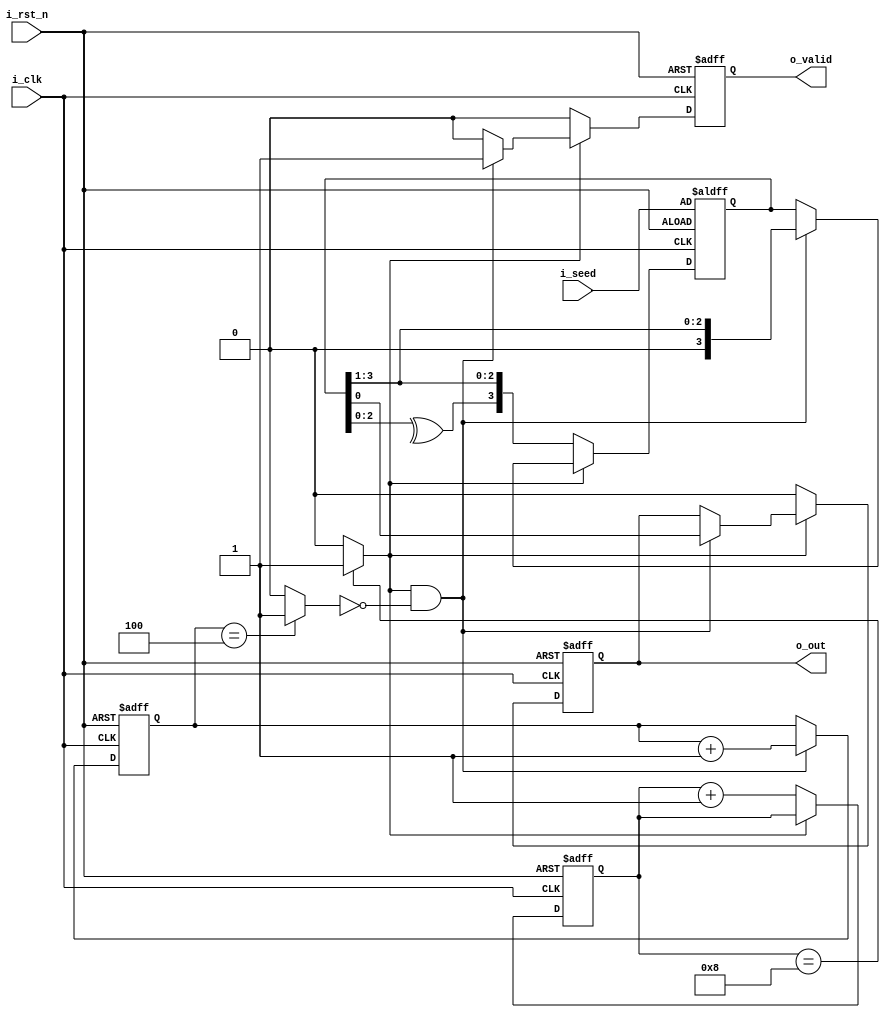
module lfsr #(parameter NO_OF_BITS = 4) (
  input  wire                  i_clk   ,
  input  wire                  i_rst_n ,
  input  wire [NO_OF_BITS-1:0] i_seed  ,
  output reg                   o_valid ,
  output reg                   o_out  );

reg [NO_OF_BITS-1:0] r_lfsr ;
reg [3:0] r_shift_xor_count ;
reg [2:0] r_shift_count     ;

wire feedback       ;
wire shift_xor_done ;
wire shift_done     ;

assign feedback       = ^r_lfsr[2:0]                           ;
assign shift_done     = (r_shift_count == 3'b100)      ? 1 : 0 ;
assign shift_xor_done = (r_shift_xor_count == 4'b1000) ? 1 : 0 ;

always@(posedge i_clk or negedge i_rst_n) begin
  if(!i_rst_n) begin
    r_lfsr  <= i_seed ;
    o_valid <= 1'b0   ;
    o_out   <= 1'b0   ;
  end
  else if(!shift_xor_done) begin
    r_lfsr  <= {feedback, r_lfsr[3:1]} ;
    o_valid <= 1'b0                    ;
    o_out   <= 1'b0                    ;
  end
  else if(shift_xor_done && !shift_done) begin
    {r_lfsr, o_out} <= {1'b0, r_lfsr} ;
    o_valid <= 1'b1                   ;
  end
  else begin
    o_valid <= 1'b0 ;
  end
end

always@(posedge i_clk or negedge i_rst_n) begin
  if(!i_rst_n) begin
    r_shift_xor_count  <= 4'b0 ;
  end
  else if(!shift_xor_done) begin
    r_shift_xor_count  <= r_shift_xor_count + 1'b1 ;
  end
end

always@(posedge i_clk or negedge i_rst_n) begin
  if(!i_rst_n) begin
    r_shift_count  <= 3'b0 ;
  end
  else if(shift_xor_done && !shift_done) begin
    r_shift_count  <= r_shift_count + 1'b1 ;
  end
end

endmodule